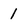
Character: 1